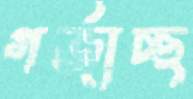
গর্‌জাচ্ছ